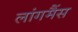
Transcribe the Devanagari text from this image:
लांगमैंस